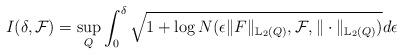
LaTeX: \begin{align*}I(\delta,\mathcal{F})=\underset{Q}{\sup}\int_0^{\delta}\sqrt{1+\log N(\epsilon \Vert F\Vert_{\mathbb{L}_2(Q)},\mathcal{F},\Vert \cdot\Vert_{\mathbb{L}_2(Q)})}d\epsilon\end{align*}